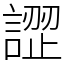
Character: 䜀